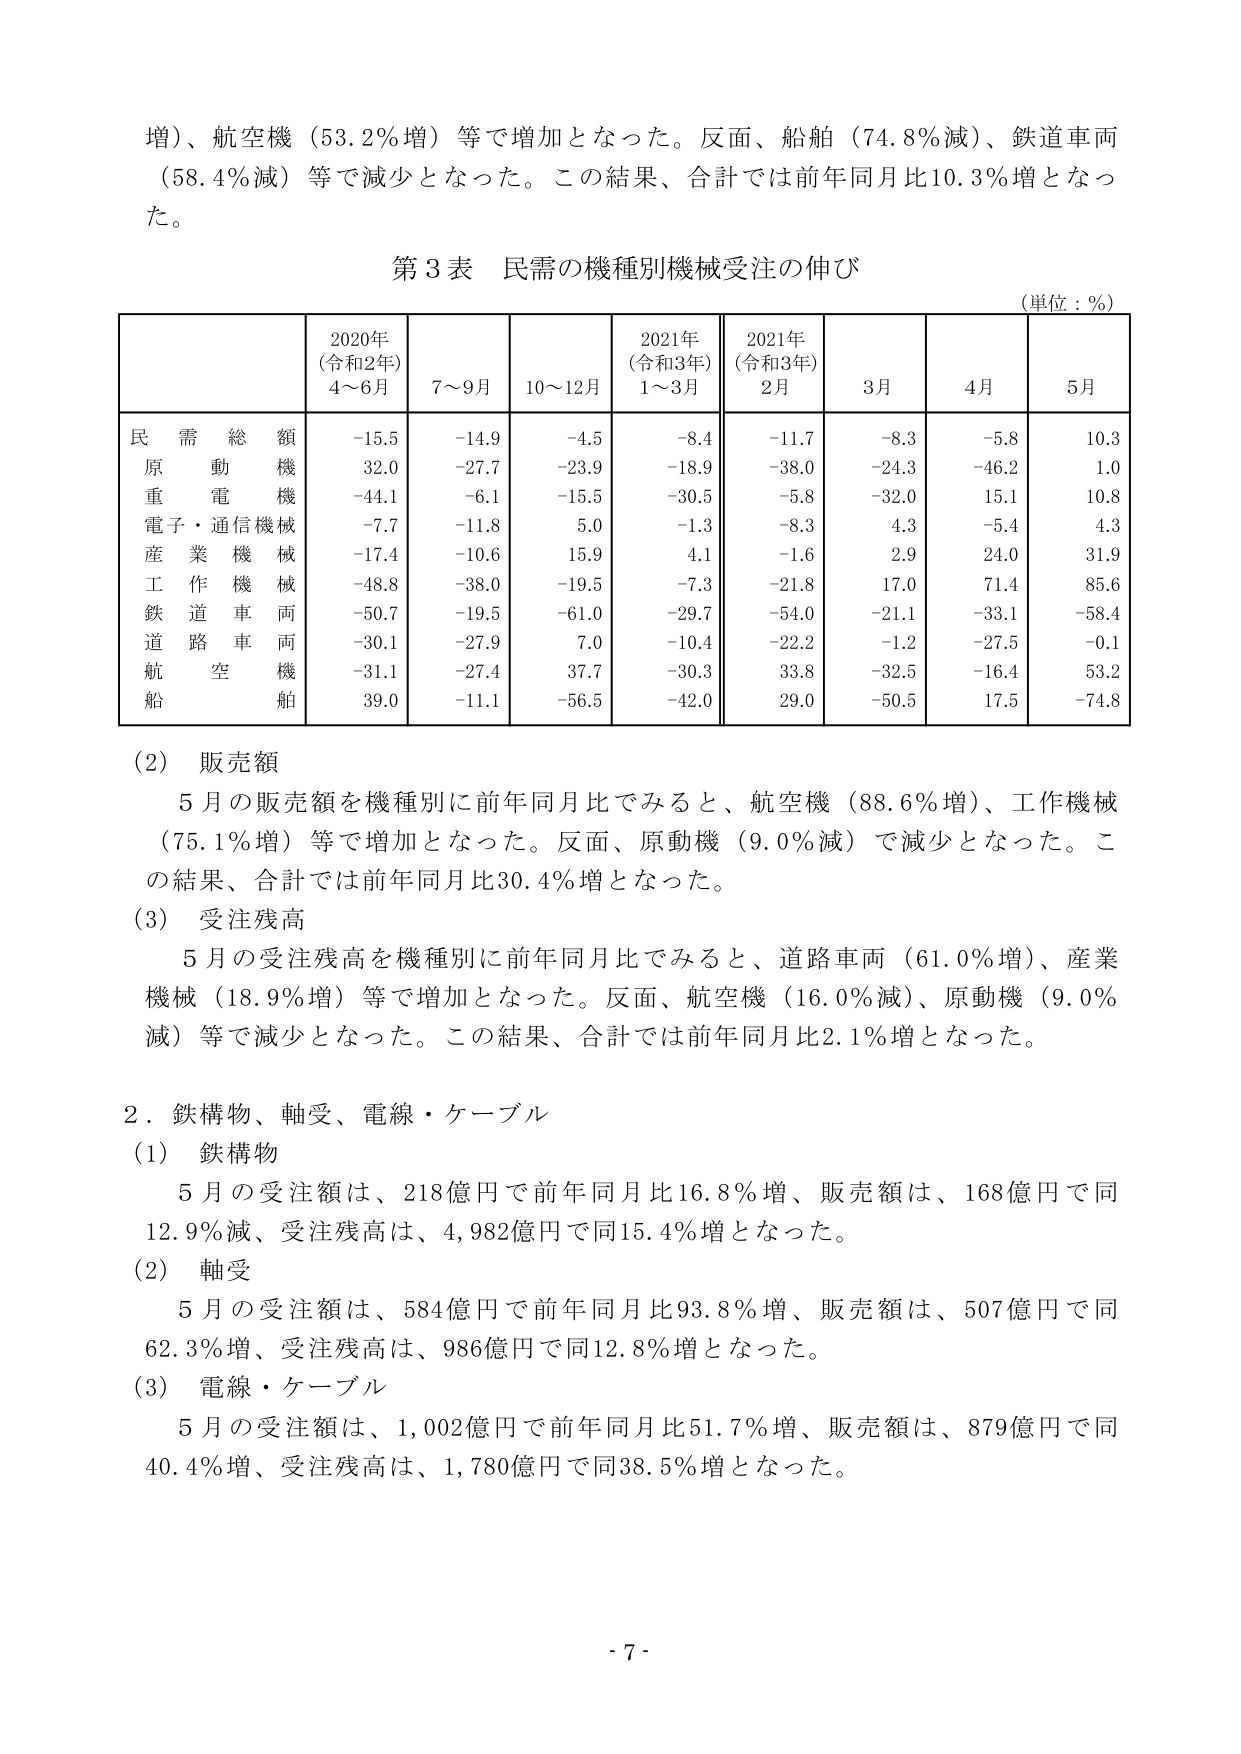
増）、航空機（53.2％増）等で増加となった。反面、船舶（74.8％減）、鉄道車両（58.4％減）等で減少となった。この結果、合計では前年同月比10.3％増となった。

第3表 民需の機種別機械受注の伸び
（単位：％）

| | 2020年（令和2年）4～6月 | 7～9月 | 10～12月 | 2021年（令和3年）1～3月 | 2021年（令和3年）2月 | 3月 | 4月 | 5月 |
|---|---|---|---|---|---|---|---|---|
| 民需総額 | -15.5 | -14.9 | -4.5 | -8.4 | -11.7 | -8.3 | -5.8 | 10.3 |
| 原動機 | 32.0 | -27.7 | -23.9 | -18.9 | -38.0 | -24.3 | -46.2 | 1.0 |
| 重電機械 | -44.1 | -6.1 | -15.5 | -30.5 | -5.8 | -32.0 | 15.1 | 10.8 |
| 電子・通信機械 | -7.7 | -11.8 | 5.0 | -1.3 | -8.3 | 4.3 | -5.4 | 4.3 |
| 産業機械 | -17.4 | -10.6 | 15.9 | 4.1 | -1.6 | 2.9 | 24.0 | 31.9 |
| 工作機械 | -48.8 | -38.0 | -19.5 | -7.3 | -21.8 | 17.0 | 71.4 | 85.6 |
| 鉄道車両 | -50.7 | -19.5 | -61.0 | -29.7 | -54.0 | -21.1 | -33.1 | -58.4 |
| 道路車両 | -30.1 | -27.9 | 7.0 | -10.4 | -22.2 | -1.2 | -27.5 | -0.1 |
| 航空機 | -31.1 | -27.4 | 37.7 | -30.3 | 33.8 | -32.5 | -16.4 | 53.2 |
| 船舶 | 39.0 | -11.1 | -56.5 | -42.0 | 29.0 | -50.5 | 17.5 | -74.8 |

（2）販売額
5月の販売額を機種別に前年同月比でみると、航空機（88.6％増）、工作機械（75.1％増）等で増加となった。反面、原動機（9.0％減）で減少となった。この結果、合計では前年同月比30.4％増となった。

（3）受注残高
5月の受注残高を機種別に前年同月比でみると、道路車両（61.0％増）、産業機械（18.9％増）等で増加となった。反面、航空機（16.0％減）、原動機（9.0％減）等で減少となった。この結果、合計では前年同月比2.1％増となった。

2．鉄構物、軸受、電線・ケーブル
（1）鉄構物
5月の受注額は、218億円で前年同月比16.8％増、販売額は、168億円で同12.9％減、受注残高は、4,982億円で同15.4％増となった。

（2）軸受
5月の受注額は、584億円で前年同月比93.8％増、販売額は、507億円で同62.3％増、受注残高は、986億円で同12.8％増となった。

（3）電線・ケーブル
5月の受注額は、1,002億円で前年同月比51.7％増、販売額は、879億円で同40.4％増、受注残高は、1,780億円で同38.5％増となった。

- 7 -